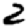
Digit: 2